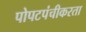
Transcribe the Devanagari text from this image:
पोपटपंचीकरता